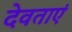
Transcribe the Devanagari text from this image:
देवताएं